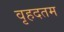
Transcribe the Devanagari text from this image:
वृहदतम